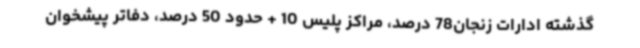
گذشته ادارات زنجان78 درصد، مراکز پلیس 10 + حدود 50 درصد، دفاتر پیشخوان